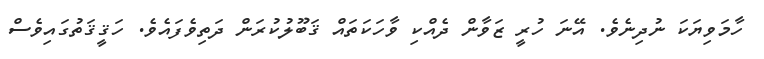
ހާމަވިޔަކަ ނުދިނެވެ. އޭނަ ހުރީ ޒަވާން ދެއްކި ވާހަކަތައް ޤަބޫލުކުރަން ދަތިވެފައެވެ. ހަޤީޤަތުގައިވެސް